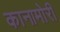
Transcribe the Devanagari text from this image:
कानामोरी